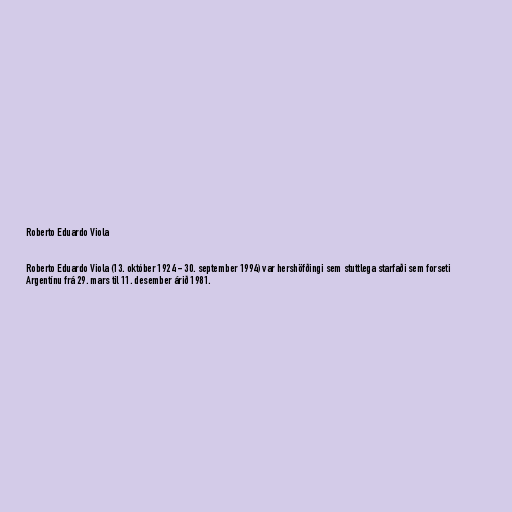
Roberto Eduardo Viola

Roberto Eduardo Viola (13. október 1924 - 30. september 1994) var hershöfðingi sem stuttlega starfaði sem forseti
Argentínu frá 29. mars til 11. desember árið 1981.